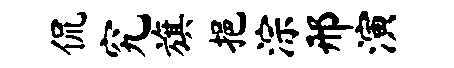
侃究旗挹淙邢演